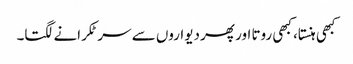
کبھی ہنستا، کبھی روتا اور پھر دیواروں سے سر ٹکرانے لگتا۔